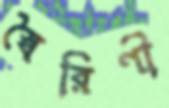
স্বৈরিণী